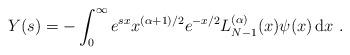
LaTeX: \begin{align*}Y(s) = -\int_{0}^{\infty}e^{sx}x^{(\alpha+1)/2}e^{-x/2}L^{(\alpha)}_{N-1}(x)\psi(x)\,\mathrm{d}x\ .\end{align*}